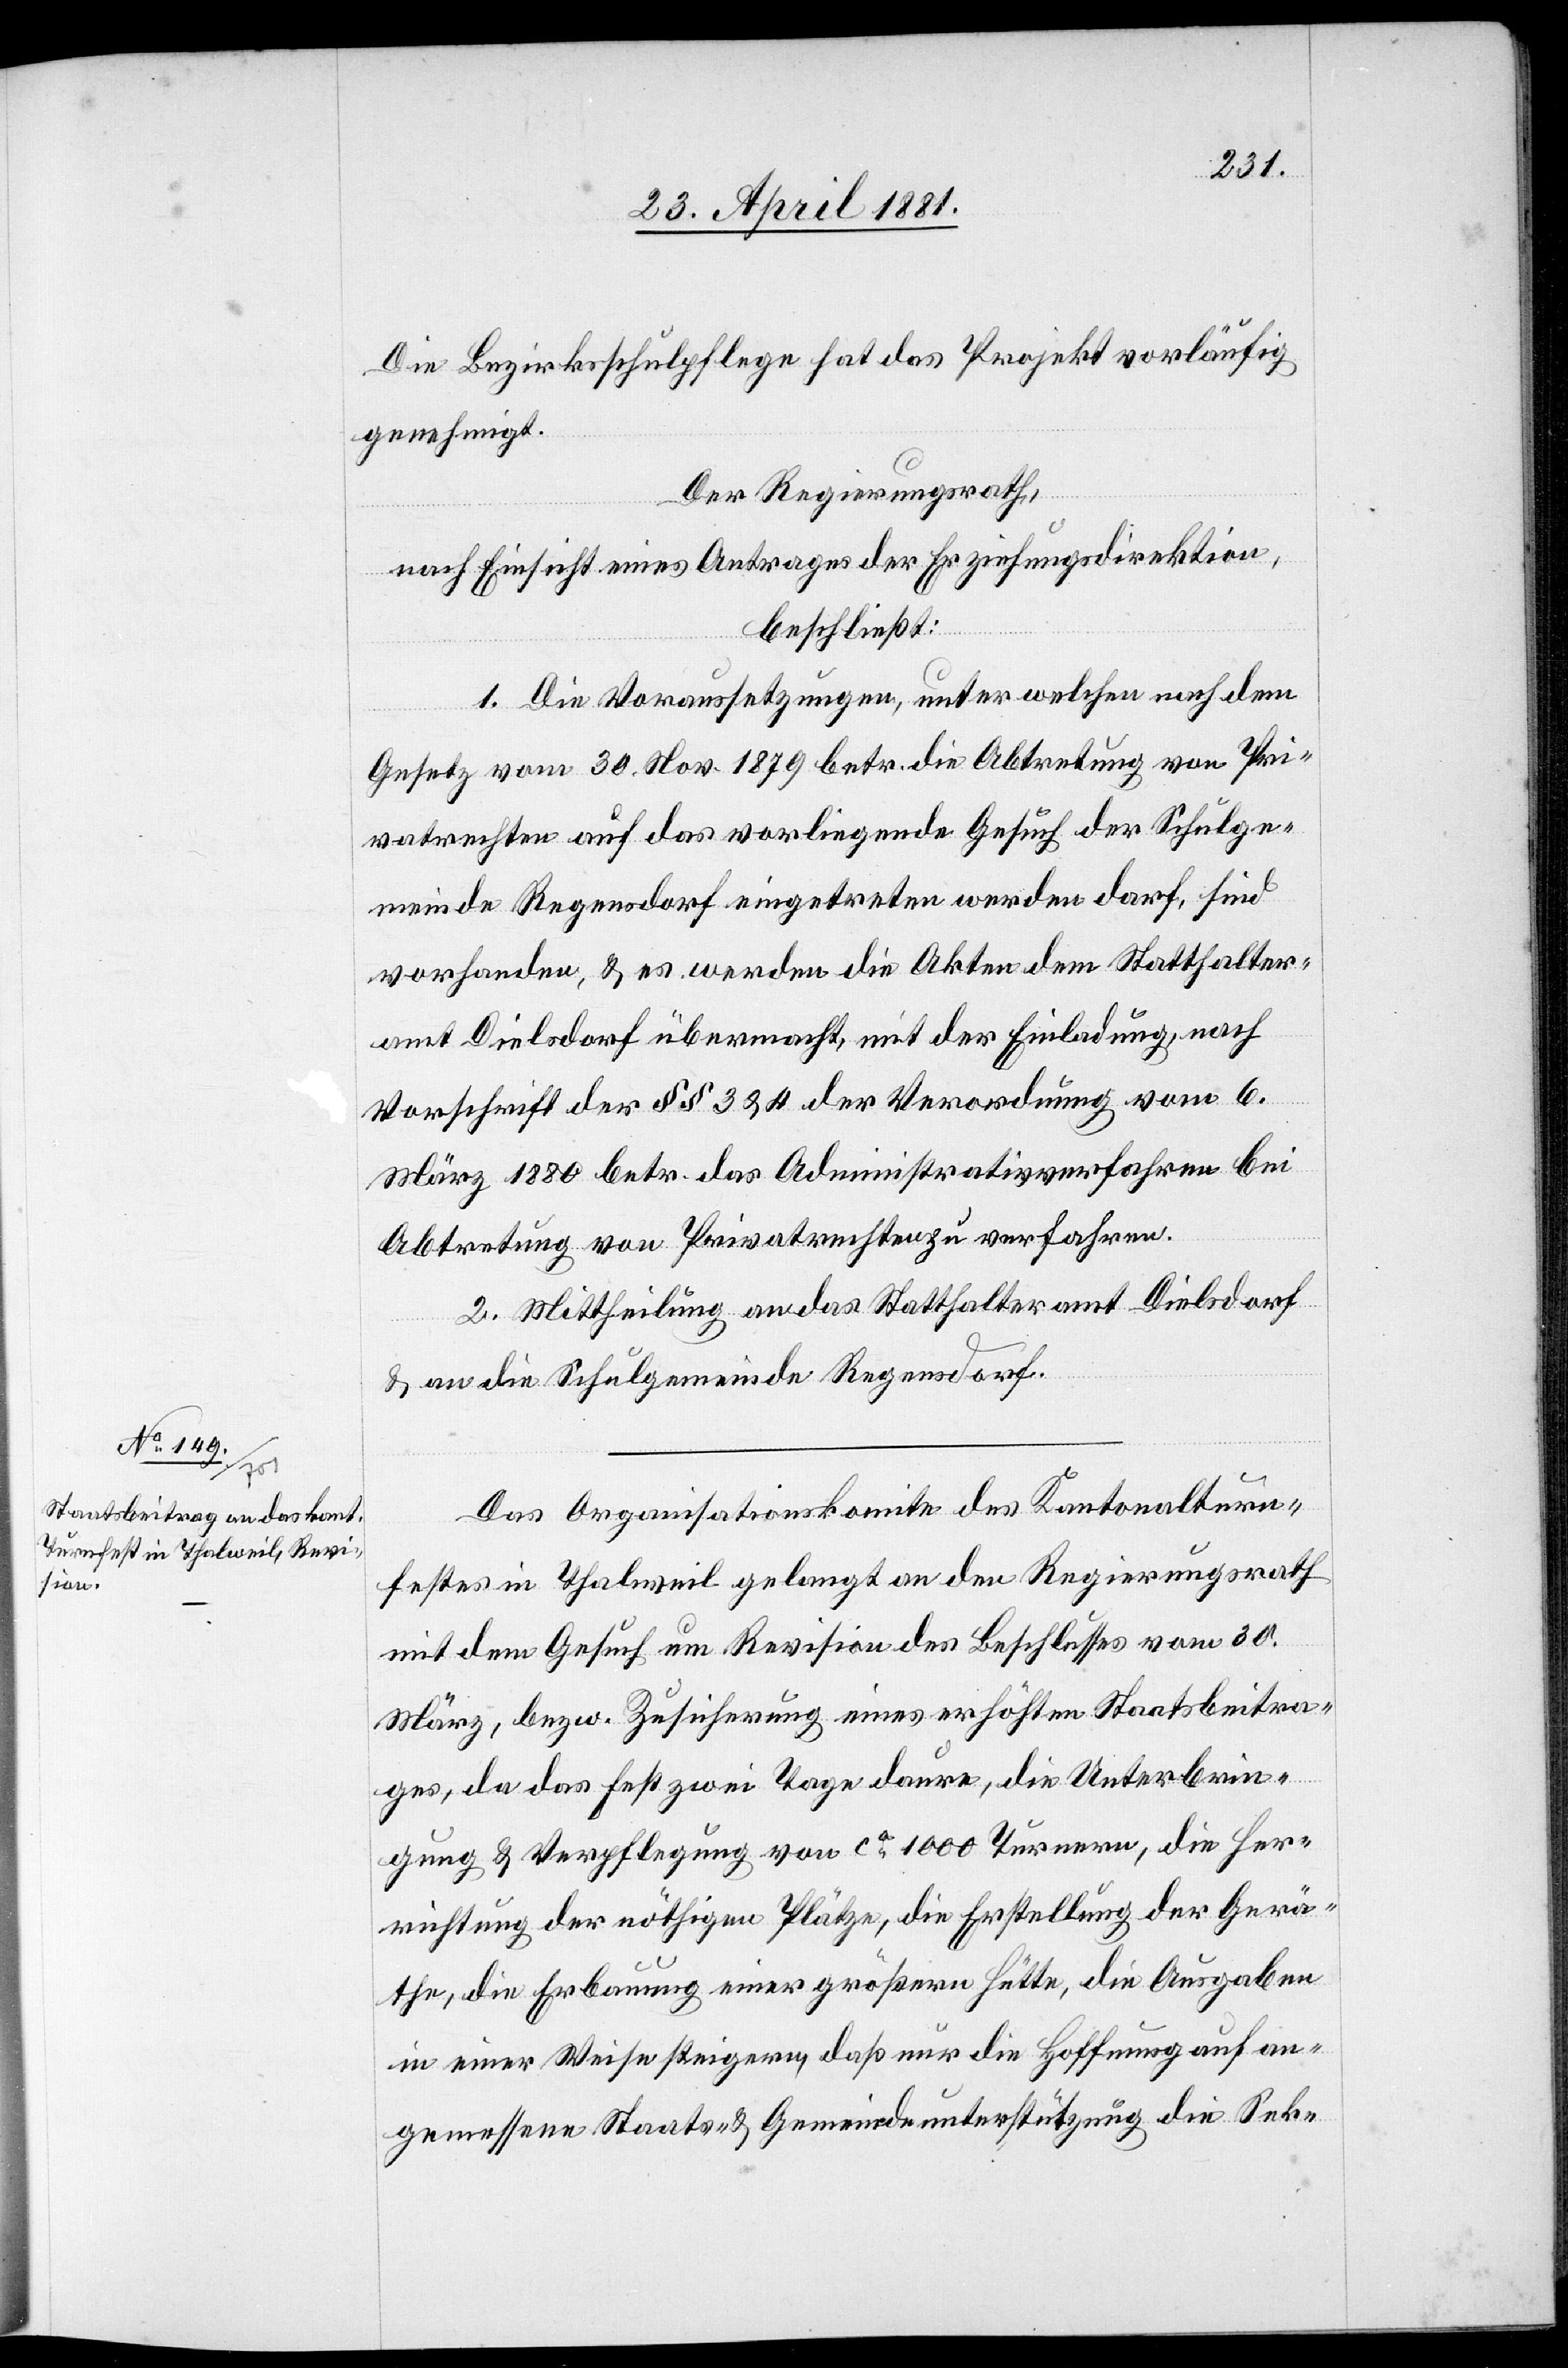
Die Bezirksschulpflege hat das Projekt vorläufig
genehmigt.
Der Regierungsrath,
nach Einsicht eines Antrages der Erziehungsdirektion,
beschließt:
1. Die Voraussetzungen, unter welche nach dem
Gesetz vom 30. Nov. 1879 betr. die Abtretung von Pri¬
vatrechten auf das vorliegende Gesuch der Schulge¬
meinde Regensdorf eingetreten werden darf, sind
vorhanden, & es werden die Akten dem Statthalter¬
amt Dielsdorf übermacht, mit der Einladung nach
Vorschrift des §§ 3 & 4 der Verordnung vom 6.
März 1880 betr. das Administrativverfahren bei
Abtretung von Privatrechten zu verfahren.
2. Mittheilung an das Statthalteramt Dielsdorf
& an die Schulgemeinde Regensdorf.
Das Organisationskomite des Kantonalturn¬
festes in Thalweil gelangt an den Regierungsrath
mit dem Gesuch um Revision des Beschlusses vom 30.
März, bezw. Zusicherung eines erhöhten Staatsbeitra¬
ges, da das Fest zwei Tage daure, die Unterbrin¬
gung & Verpflegung von ca 1000 Turnern, die Her¬
richtung der nöthigen Plätze, die Erstellung der Gerä¬
the, die Erbauung einer größeren Hütte, die Ausgaben
in einer Weise steigern, daß nur die Hoffnung auf an¬
gemessene Staats- & Gemeindeunterstützung die Sek-